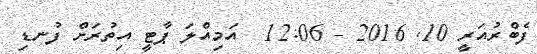
ފެބްރުއަރީ 10